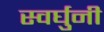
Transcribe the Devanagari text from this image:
स्वर्घुनी